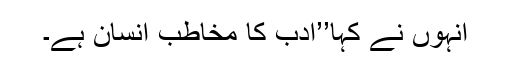
انہوں نے کہا’’ادب کا مخاطب انسان ہے۔